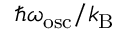
\hbar \omega _ { \mathrm { o s c } } / k _ { \mathrm { B } }